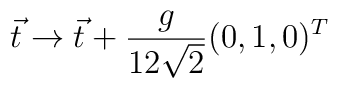
\vec{t}\to \vec{t}+\frac{g}{12\sqrt{2}}(0,1,0)^T